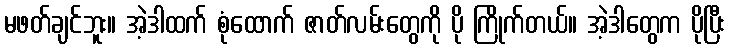
မဖတ်ချင်ဘူး။ အဲ့ဒါထက် စုံထောက် ဇာတ်လမ်းတွေကို ပို ကြိုက်တယ်။ အဲ့ဒါတွေက ပိုပြီး